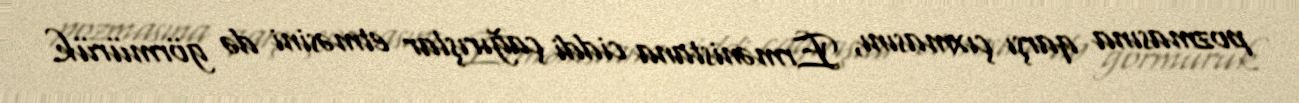
pozmasına qarşı çıxmasını, Ermənistana ciddi çağırışlar etməsini də görmürük.